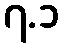
၇.၁